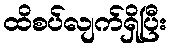
ထိစပ်လျက်ရှိပြီး